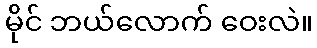
မိုင် ဘယ်လောက် ဝေးလဲ။